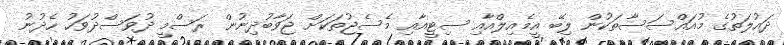
ދައުލަތުގެ މުއައްސަސާތަކުން ލިބޭ އީމެއިލްއާއި ސިޓީއާއި މެސެޖުތަކަށް ޖަވާބުދިނުން ރަސްމީ ދުވަސްދުވަހު ހެދުނު